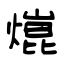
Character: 熴